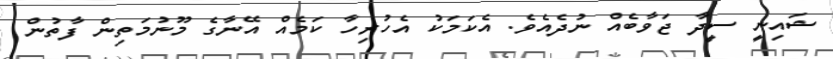
ޝައިނީ ސީދާ ޖަވާބެއް ނުދެއެވެ. އެކަމަކު އެހުރިހާ ކަމެއް އޭނާގެ މޫނުމަތިން ފާތުން